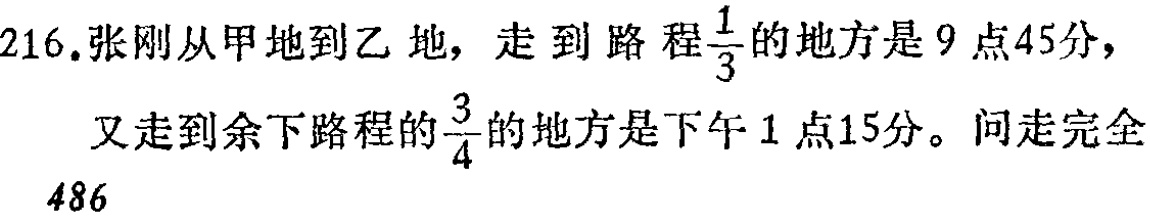
216.张刚从甲地到乙地，走到路程$\frac{1}{3}$的地方是9点45分，又走到余下路程的$\frac{3}{4}$的地方是下午1点15分。问走完全

486